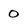
Character: 0